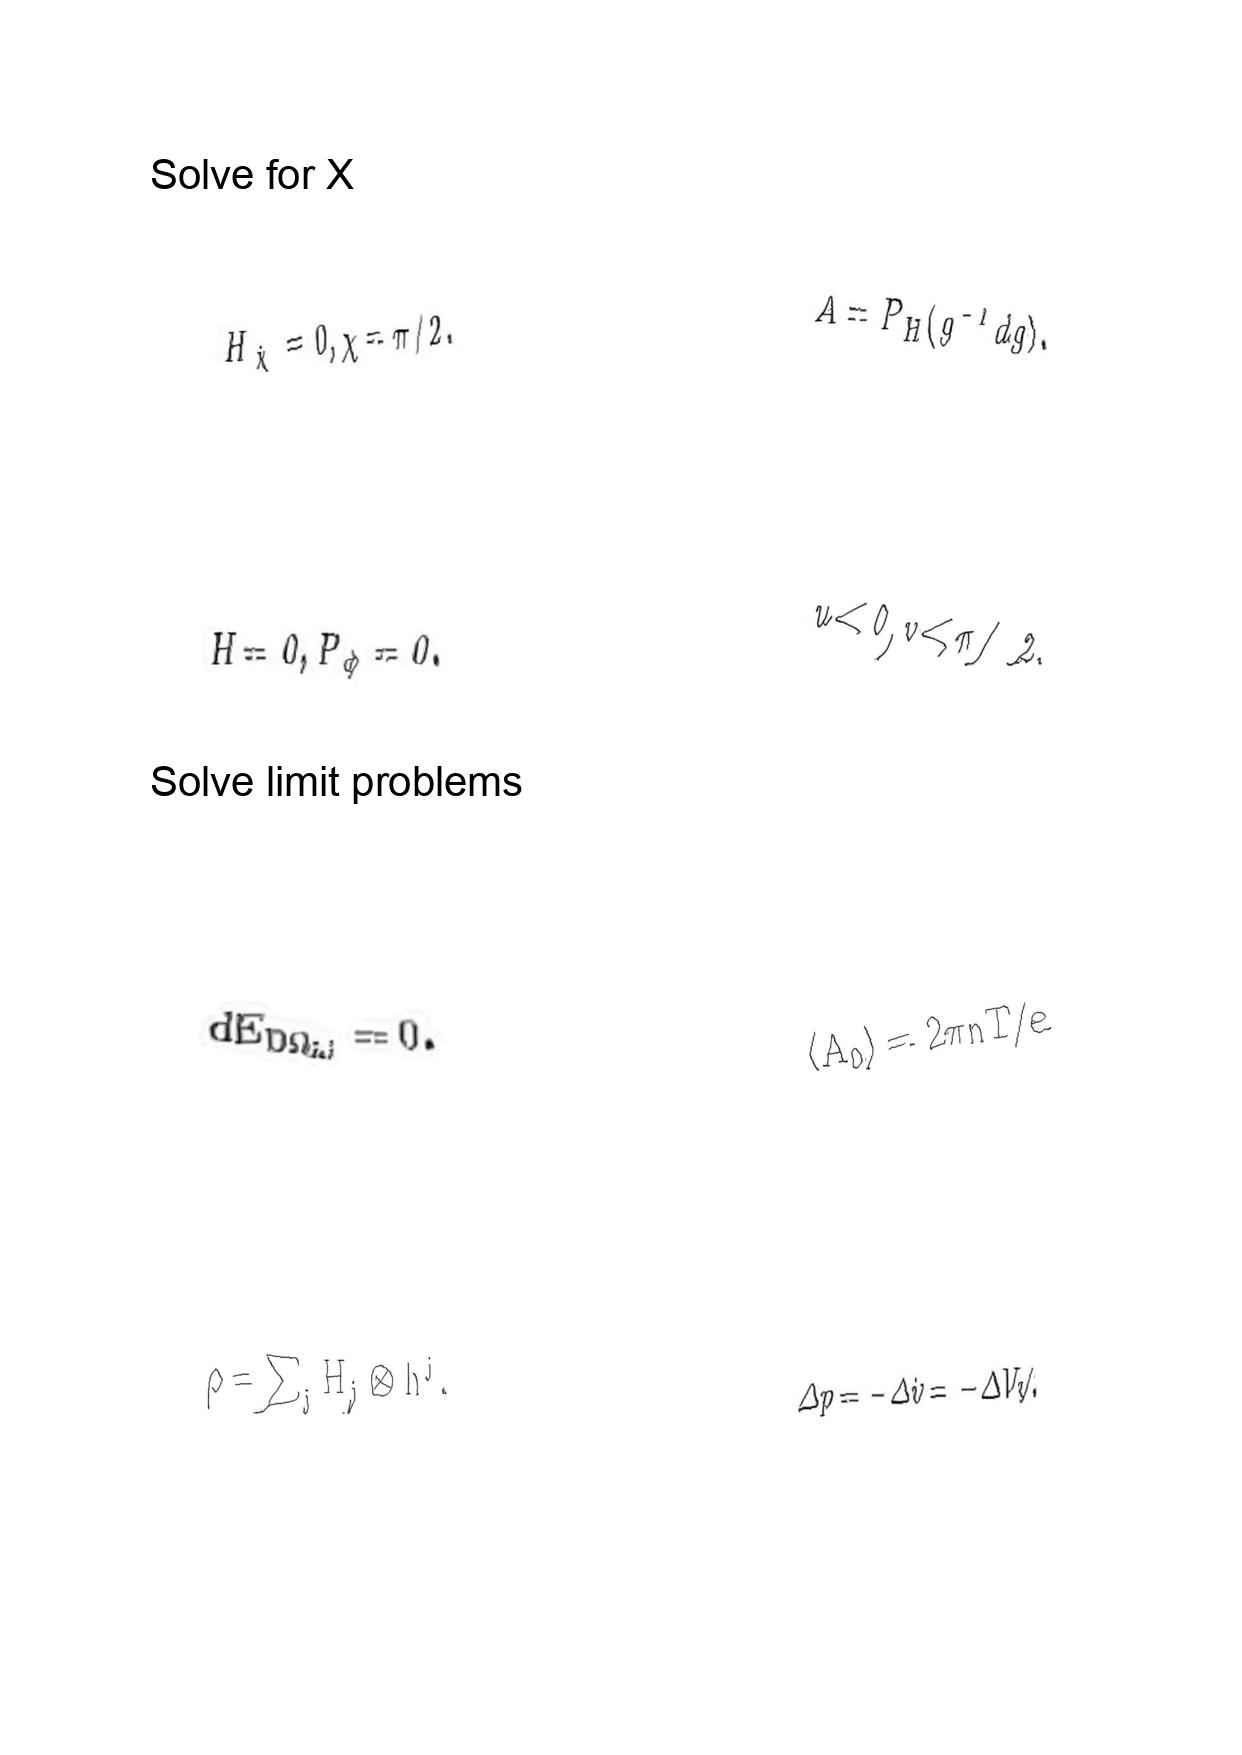
LaTeX transcription:
H _ { \hat { \chi } } = 0 , \chi = \pi / 2 .
H = 0 , P _ { \phi } = 0 .
d E _ { D \Omega _ { i , j } } = 0 .
\rho = \sum _ { j } H _ { j } \otimes h ^ { j } .
A = P _ { H } \lparen g ^ { - 1 } d g \rparen .
u \lt 0 , v \lt \pi / 2 ,
\langle A _ { 0 } \rangle = 2 \pi n T / e
\Delta p = - \Delta \dot { v } = - \Delta V / v .